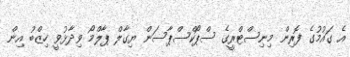
އެ ގައުމުގެ ފޮރިން މިނިސްޓްރީގެ ސްޕޯކްސްޕާސަން ޔިގާލް ޕާލްމޯ ވިދާޅުވީ ހިޒްބު އިން